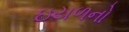
ઇયળનો